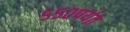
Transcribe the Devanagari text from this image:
५५०पर्यत